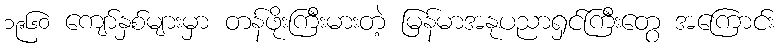
၁၉၆၀ ကျော်နှစ်များမှာ တန်ဖိုးကြီးမားတဲ့ မြန်မာအနုပညာရှင်ကြီးတွေ အကြောင်း